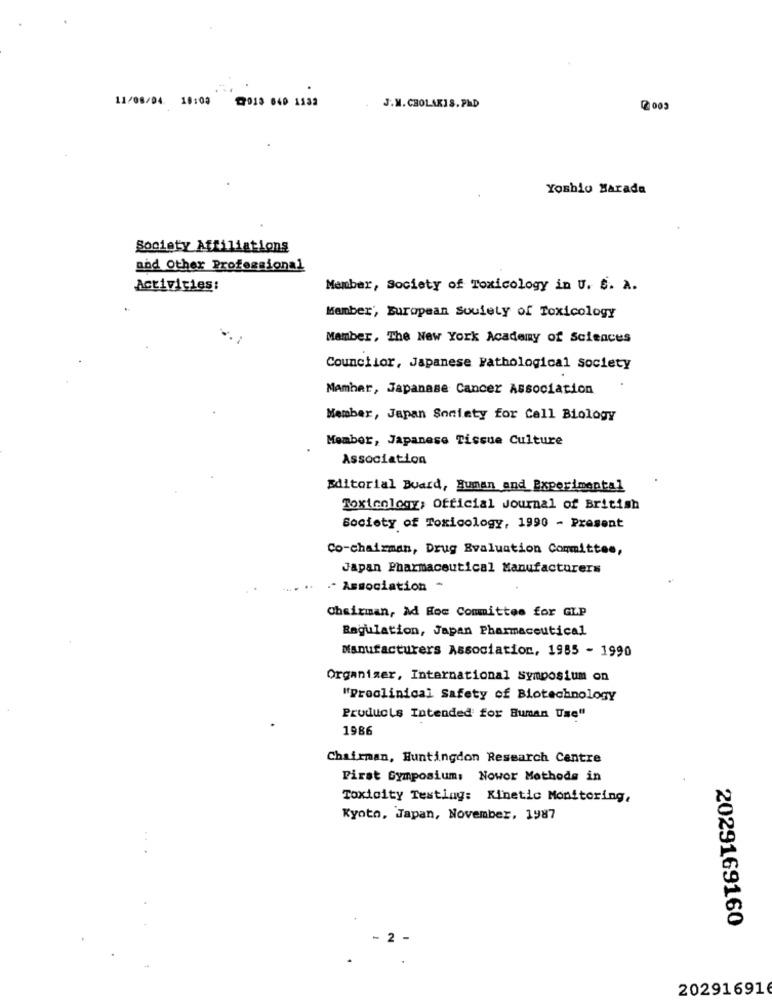
11/08/04. 18:00
17015 040 1332
J.M. CHOLAKIS.PHD
0000
Yoshio Harada
Society Affiliations
and Other Professional
Activities:
Member, Society of Toxicology in U. S. A.
Member, European Sowiety of Toxicology
Member, The New York Academy of Sciences
Councilor, Japanese Pathological society
Mamhar, Japanase Cancer Association
Member, Japan Society for Cell Biology
Member, Japanese Tissue Culture
Association
Editorial Board, Human and Experimental
Toxicology; Official Journal of British
Society of Toxicology, 1990 - Present
Co-chairman, Drug Evaluation Committee,
Japan Pharmaceutical Manufacturers
.- Association *
Chairman, Ad Hoc Committee for GLP
Regulation, Japan Pharmaceutical
Manufacturers Association, 1985 - 1990
Organizer, International symposium on
"Proclinical Safety of Biotechnology
Products Intended for Human Use"
1986
Chairman, Huntingdon Research Centre
First Symposium: Nowor Methods in
Toxicity Testing: Kinetic Monitoring,
Kyoto, Japan, November, 1987
2029169160
- 2
202916916